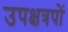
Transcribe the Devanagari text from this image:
उपक्षत्रपों